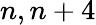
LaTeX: n,n+4